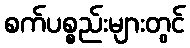
စက်ပစ္စည်းများတွင်